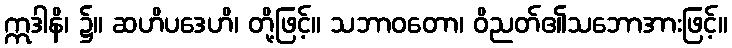
ဣဒါနိ၊ ၌။ ဆဟိပဒေဟိ၊ တို့ဖြင့်။ သဘာဝတော၊ ဝိညတ်၏သဘောအားဖြင့်။